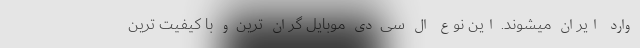
وارد ایران میشوند. این نوع ال سی دی موبایل گران ترین و با کیفیت ترین